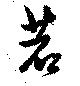
若